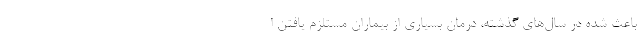
باعث شده در سال‌های گذشته، درمان بسیاری از بیماران مستلزم یافتن ا